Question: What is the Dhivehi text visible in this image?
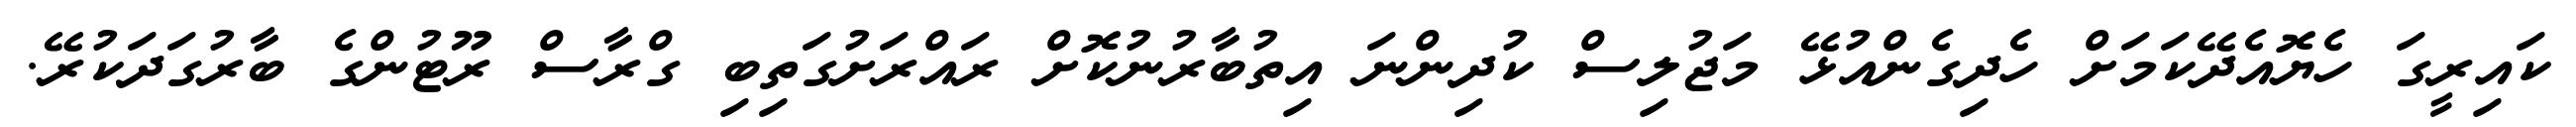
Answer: ކައިރީގަ ހެޔޮއެދޭކަމަށް ހެދިގެންއުޅޭ މަޖުލިސް ކުދިންނަ އިތުބާރުނުކޮށް ރައްރަށުގަތިބި ގްރާސް ރޫޓުންގެ ބާރުގަދަކުރޭ.